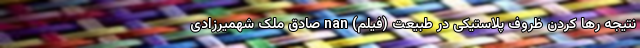
نتیجه رها کردن ظروف پلاستیکی در طبیعت (فیلم) nan صادق ملک شهمیرزادی